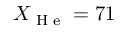
X _ { \textrm { H e } } = 7 1 \